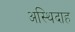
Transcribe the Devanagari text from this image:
अस्थिदाह